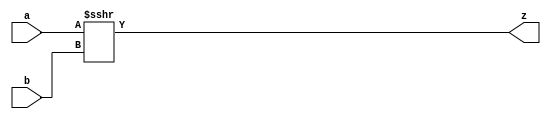
// Garvit Arora - 200372
// Apurb Agarwal - 200179

module shiftrightlogic(
    input [31:0] a,
    input [31:0] b,
    output reg [31:0] z
);


always @(*) begin
    z <= a>>>b;
end
endmodule